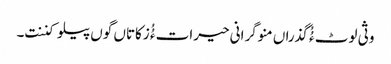
وثی لوٹ ءُُ گذراں منوگرانی حیرات ءُُ زکاتاں گوں پیلو کننت۔